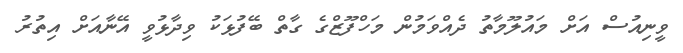
ވީނިއުސް އަށް މައުލޫމާތު ދެއްވަމުން މަހްފޫޒްގެ ގާތް ބޭފުޅަކު ވިދާޅުވީ އޭނާއަށް އިތުރު